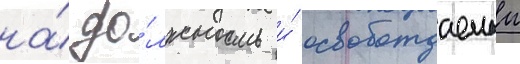
на́ до́лжность и́ освобождаемыи